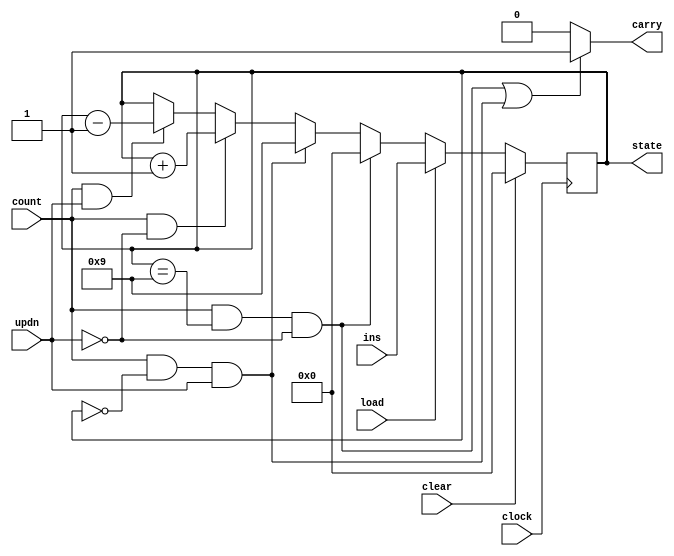
module counter_clk_sefunmi(clock, clear, load, count, updn, ins, state, carry);
   input        clock;     // System clock
   input        clear;     // SYNCHRONOUS ACTIVE-HIGH clear
   input        load;      // Synchronous active-high load enable
   input        count;     // Synchronous active-high count enable
   input        updn;      // Synchronous up-down control
   input  [3:0] ins;       // Parallel load inputs
   output [3:0] state;     // Counter state
   output       carry;     // Counter carry-out
   reg    [3:0] state;
   reg		carry;

   always @ (posedge clock) 
     if 			((clear == 1))													state <= 4'b0000;
     else if 	(load == 1)														state <= ins;
     else if 	((count == 1)&&(state == 4'b1001)&&(updn == 0)) 		state <= 4'b0000;
     else if 	((count == 1)&&(state == 4'b0000)&&(updn == 1)) 		state <= 4'b1001;
     else if 	((count == 1)&&(updn == 0))								state <= state + 1;
     else if 	((count == 1)&&(updn == 1))								state <= state - 1;
     else																			state <= state;

   always @ (state or count)
     if (((count == 1)&&(state == 4'b1001)&&(updn == 0))||((count == 1)&&(state == 4'd0)&&(updn == 1)))	carry = 1;
     else																															carry = 0;
	
endmodule